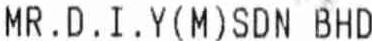
MR.D.I.Y(M)SDN BHD